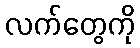
လက်တွေကို